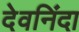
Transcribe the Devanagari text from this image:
देवनिंदा